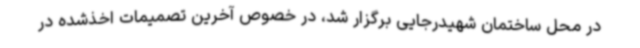
در محل ساختمان شهیدرجایی برگزار شد، در خصوص آخرین تصمیمات اخذشده در